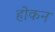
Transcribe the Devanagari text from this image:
होकन